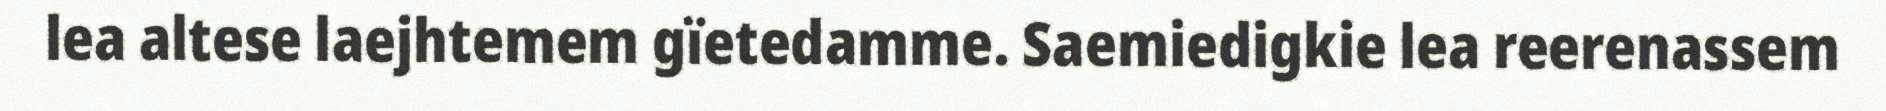
lea altese laejhtemem gïetedamme. Saemiedigkie lea reerenassem